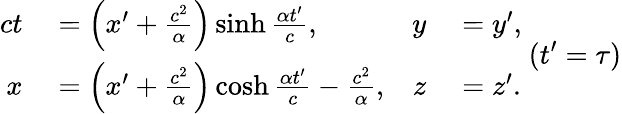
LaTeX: {\begin{array}{rlrl}{ct}&{{}=\left(x^{\prime}+{\frac{c^{2}}{\alpha}}\right)\sinh{\frac{\alpha t^{\prime}}{c}},}&{y}&{{}=y^{\prime},}\\ {x}&{{}=\left(x^{\prime}+{\frac{c^{2}}{\alpha}}\right)\cosh{\frac{\alpha t^{\prime}}{c}}-{\frac{c^{2}}{\alpha}},}&{z}&{{}=z^{\prime}.}\end{array}}\ (t^{\prime}=\tau)